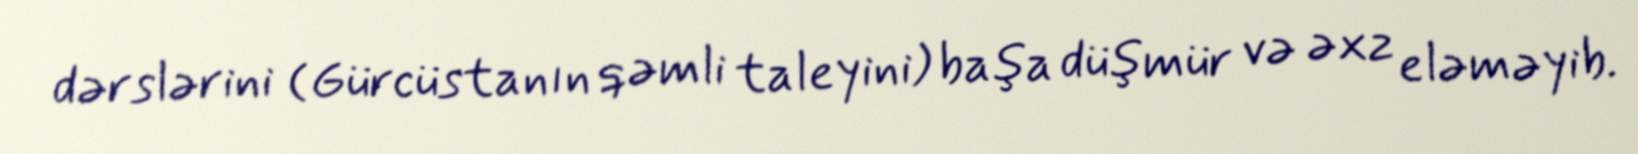
dərslərini (Gürcüstanın qəmli taleyini) başa düşmür və əxz eləməyib.